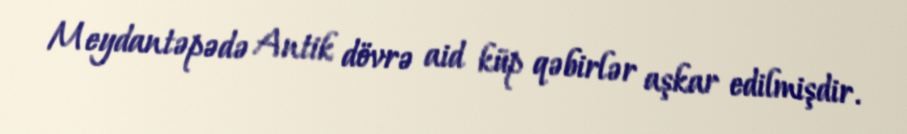
Meydantəpədə Antik dövrə aid küp qəbirlər aşkar edilmişdir.